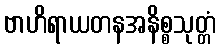
ဗာဟိရာယတနအနိစ္စသုတ္တံ